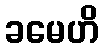
ခမေဟိ